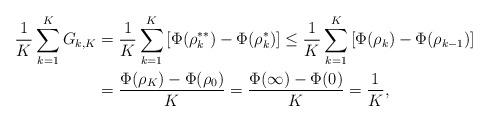
LaTeX: \begin{align*}\frac{1}{K} \sum_{k=1}^K G_{k,K}&= \frac{1}{K} \sum_{k=1}^K \left[ \Phi( \rho_k^{**} ) - \Phi( \rho_k^{*} ) \right] \leq \frac{1}{K} \sum_{k=1}^K \left[ \Phi( \rho_k ) - \Phi( \rho_{k-1} ) \right] \\&= \frac{\Phi( \rho_K ) - \Phi( \rho_0 )}{K} = \frac{\Phi( \infty ) - \Phi( 0 )}{K} = \frac{1}{K},\end{align*}